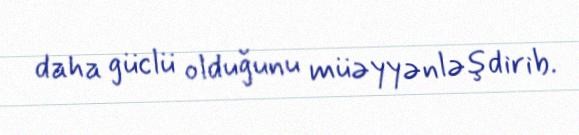
daha güclü olduğunu müəyyənləşdirib.